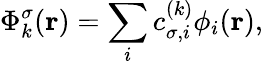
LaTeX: \Phi_{k}^{\sigma}({\mathbf r})=\sum_{i}c_{\sigma,i}^{(k)}\phi_{i}({\mathbf r}),